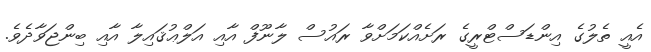
އެއީ ތެލުގެ އިންޑަސްޓްރީގެ ރަށެއްކަމަށްވާ ރައުސް ލާނޫފް އާއި އަލްޢުޤައިލާ އާއި ބިންޖަވާދެވެ.